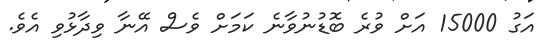
އަގު 15000 އަށް ވުރެ ބޮޑުނުވާނެ ކަމަށް ވެސް އޭނާ ވިދާޅުވި އެވެ.